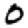
Digit: 0